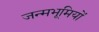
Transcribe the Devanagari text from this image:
जन्मभूमियों